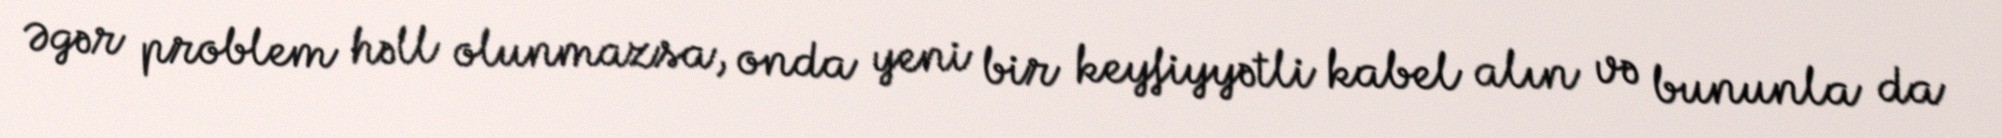
Əgər problem həll olunmazsa, onda yeni bir keyfiyyətli kabel alın və bununla da